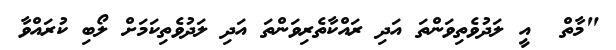
"މާތް  އީ ލަދުވެތިވަންތަ އަދި ރައްކާތެރިވަންތަ އަދި ލަދުވެތިކަމަށް ލޯބި ކުރައްވާ